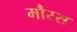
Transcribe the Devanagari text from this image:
मौरस